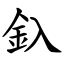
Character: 釞